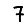
Digit: 7